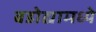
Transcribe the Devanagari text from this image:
बडोद्यामध्ये